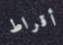
أقراط